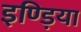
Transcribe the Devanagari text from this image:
इण्ड़िया